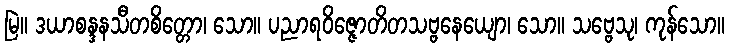
မြဲ။ ဒယာစန္ဒနသီတစိတ္တော၊ သော။ ပညာရဝိဇ္ဇောတိတသဗ္ဗနေယျော၊ သော။ သဗ္ဗေသု၊ ကုန်သော။